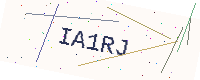
Text: IA1RJ